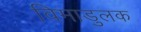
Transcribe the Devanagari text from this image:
विमाडुलक